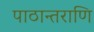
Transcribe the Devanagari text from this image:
पाठान्तराणि